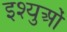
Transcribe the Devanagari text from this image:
इश्युओं